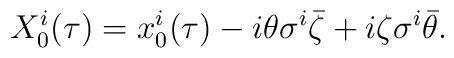
X_0^i (\tau) = x_0^i(\tau) - i \theta\sigma^i \bar \zeta + i \zeta\sigma^i \bar \theta.